65_HS1-834228961_62-HQ-83894_Section_2
Agency: FBI
Page 17
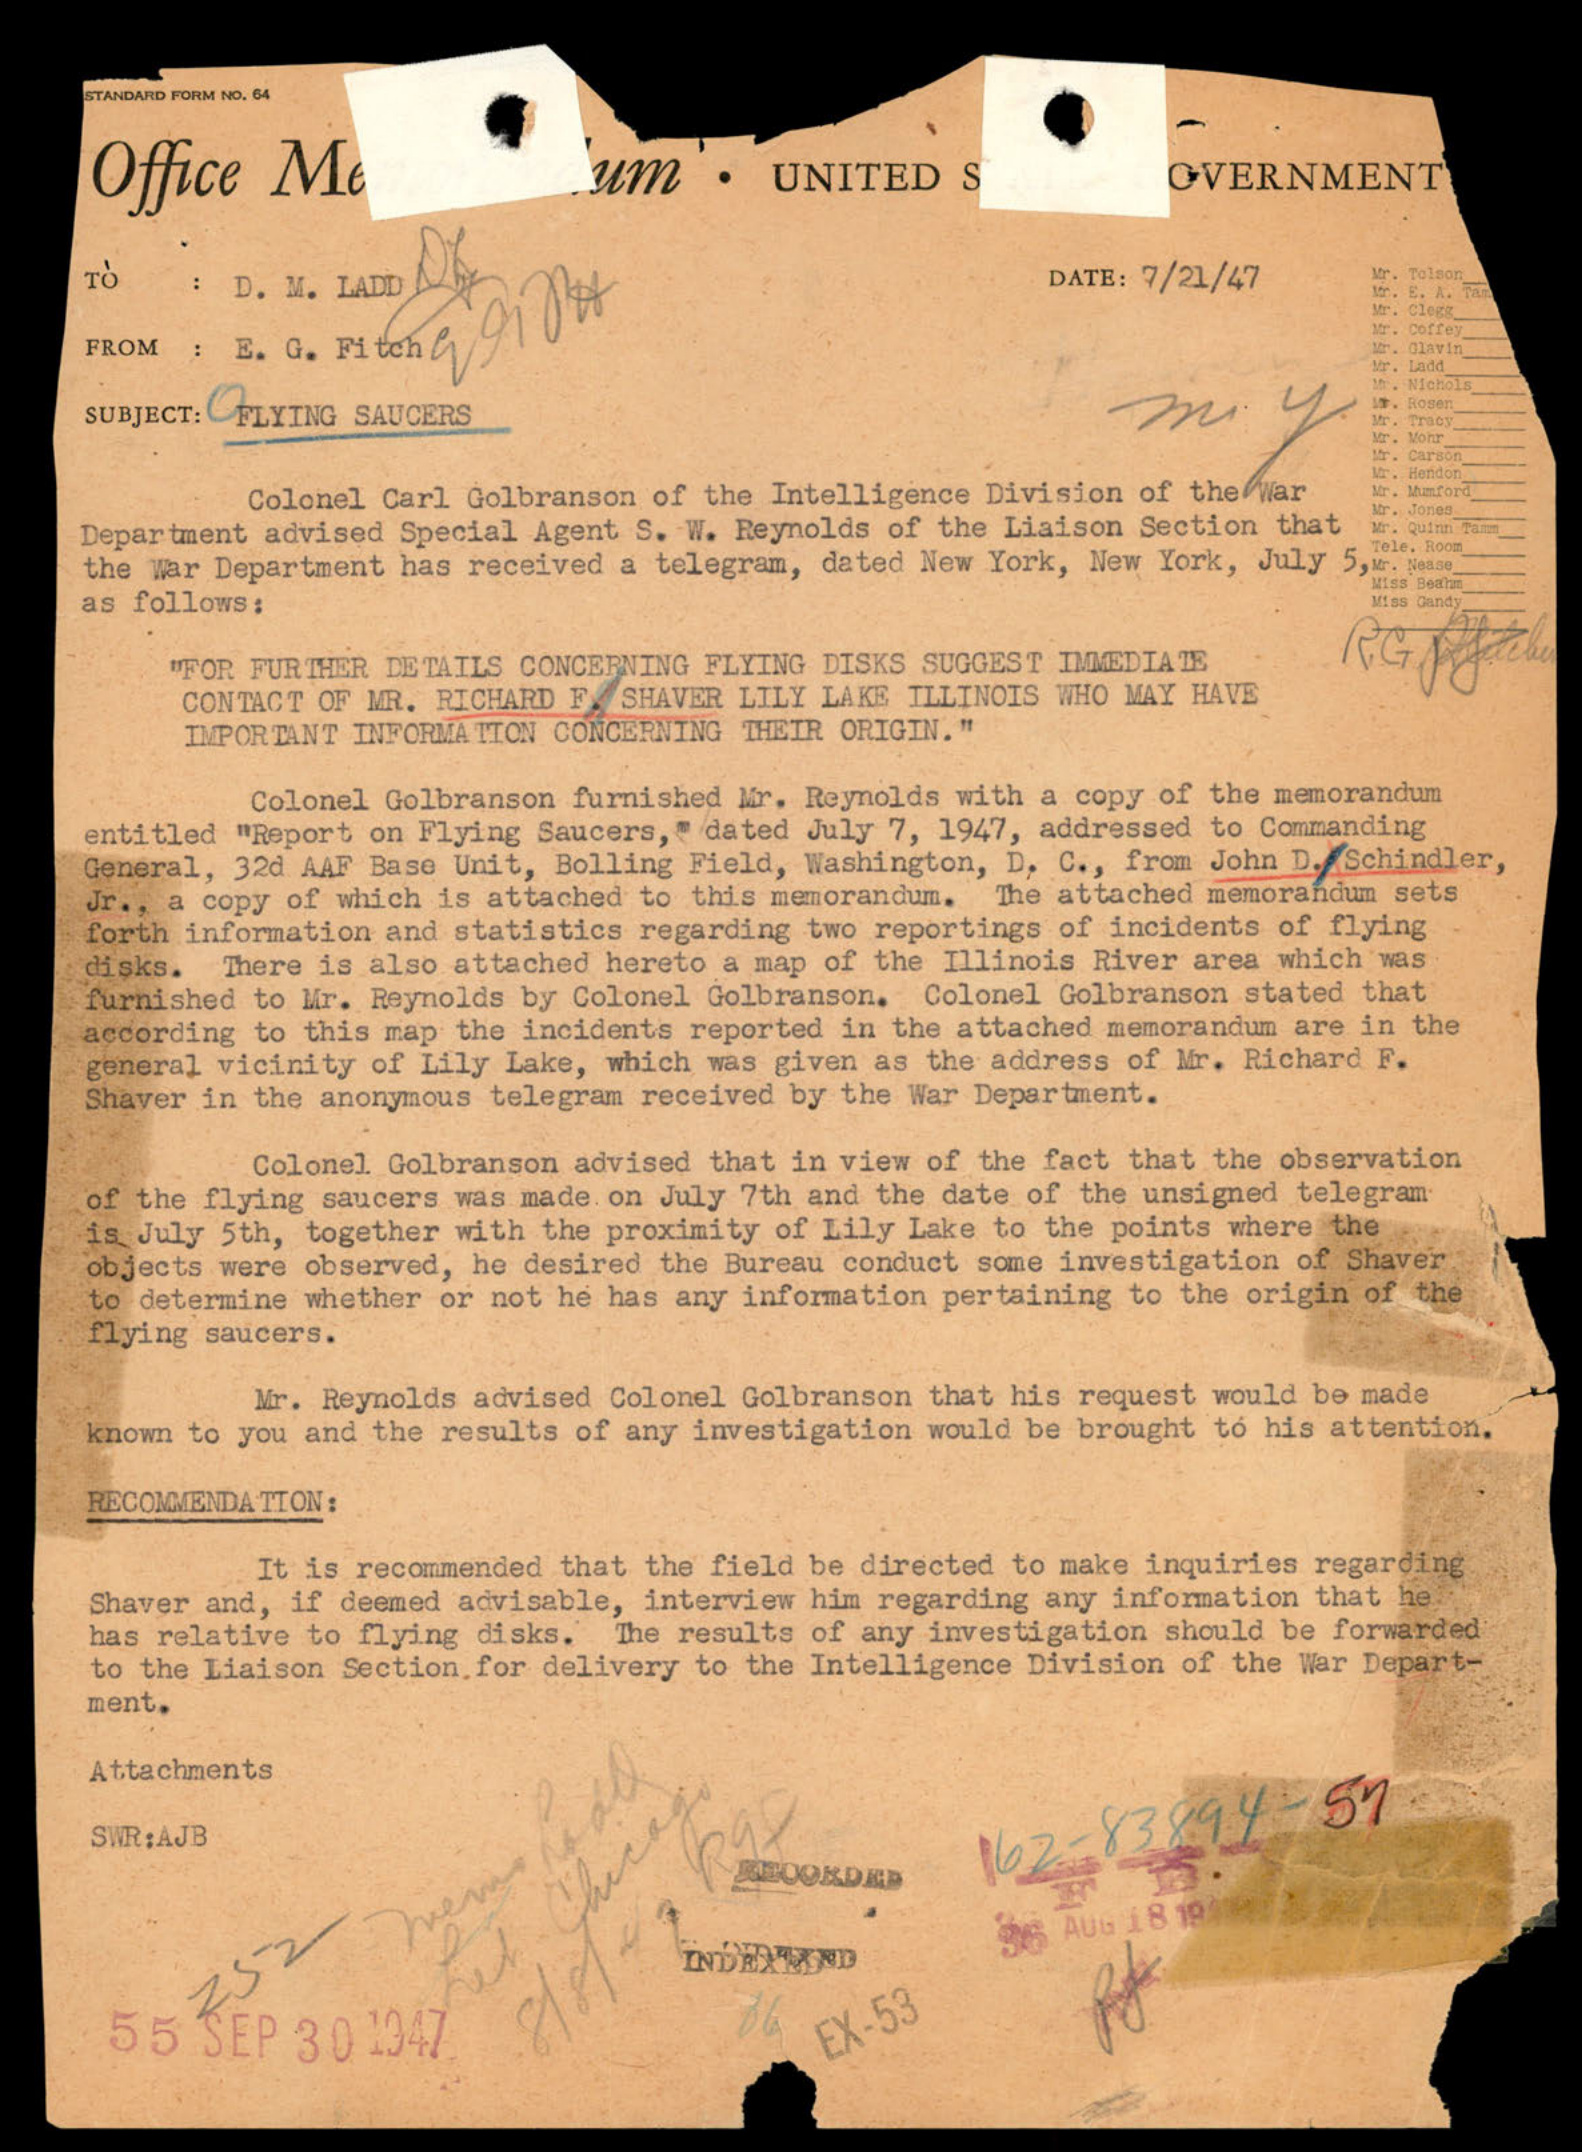